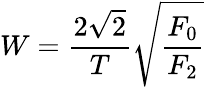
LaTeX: W=\frac{2\sqrt{2}}{T}\sqrt{\frac{F_{0}}{F_{2}}}